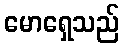
မောရှေသည်